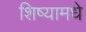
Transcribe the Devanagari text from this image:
शिष्यामधे